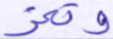
وتعز